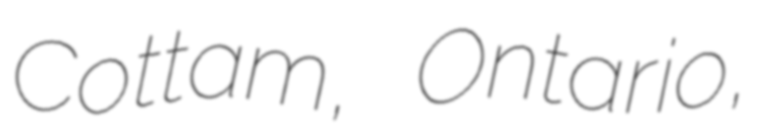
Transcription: Cottam, Ontario,